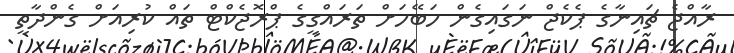
ރާއްޖެ ޗައިނާގެ ޕެކެޖް ނަގައިގެން ހަބޭހަށް ތަރައްގީގެ ޕްރޮޖެކްޓް ތައް ކުރިއަށް ގެންދާތީ